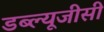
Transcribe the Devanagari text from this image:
डब्ल्यूजीसी